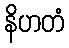
နိဟတံ